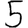
Digit: 5